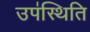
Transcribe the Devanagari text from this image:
उप॑स्थिति